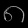
Digit: ၈